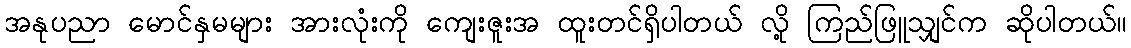
အနုပညာ မောင်နှမများ အားလုံးကို ကျေးဇူးအ ထူးတင်ရှိပါတယ် လို့ ကြည်ဖြူသျှင်က ဆိုပါတယ်။